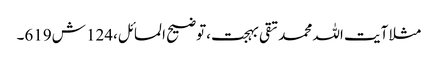
مثلا آیت اللہ محمد تقی بہجت ،توضیح المسائل،124 ش619۔